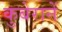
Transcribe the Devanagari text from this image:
कुबेरानें